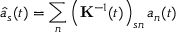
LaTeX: \hat { a } _ { s } ( t ) = \sum _ { n } \left( { \bf K } ^ { - 1 } ( t ) \right) _ { s n } a _ { n } ( t )